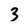
Character: 3